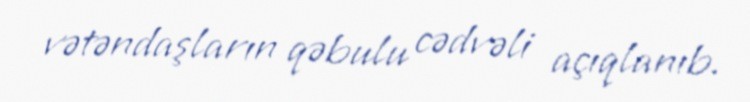
vətəndaşların qəbulu cədvəli açıqlanıb.